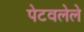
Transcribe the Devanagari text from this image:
पेटवलेले